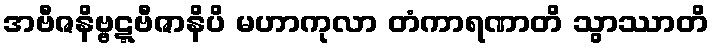
အဗီဇနိဗ္ဗဋ္ဋဗီဇာနိပိ မဟာကုလာ တံကာရဏာတိ သွာဿာတိ